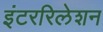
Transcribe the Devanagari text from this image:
इंटररिलेशन